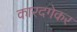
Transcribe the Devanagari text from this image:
कारदगेकर